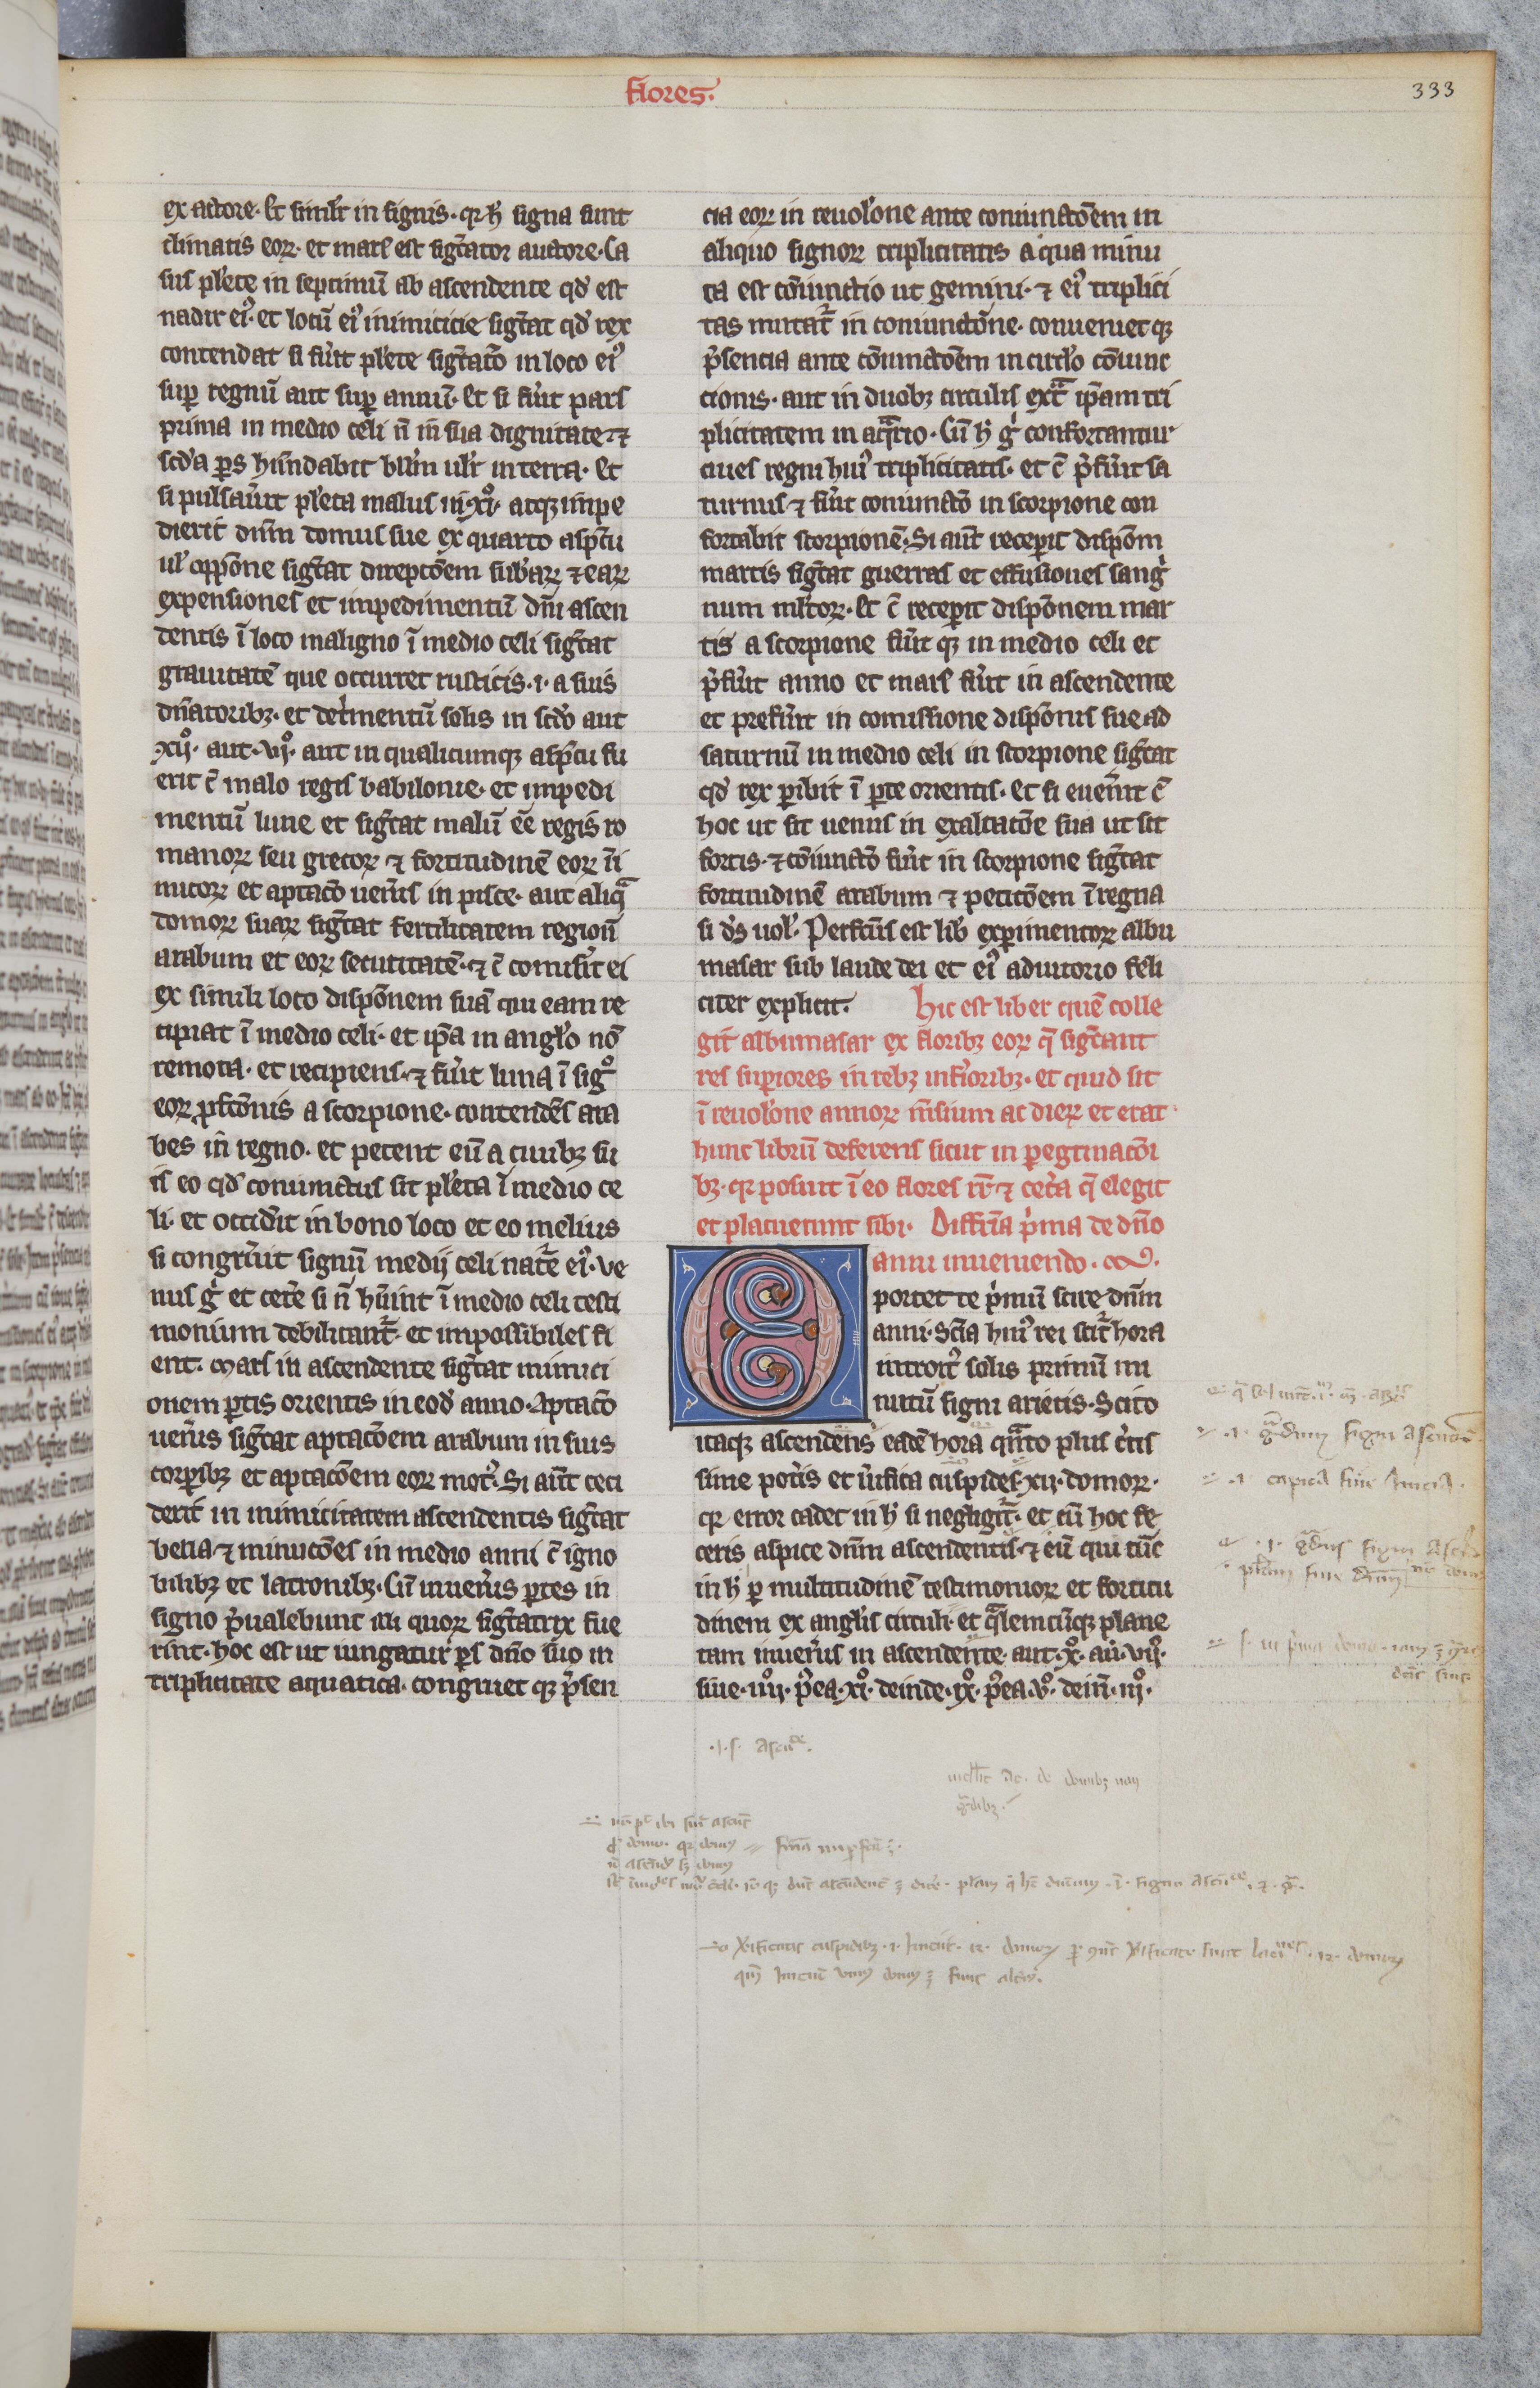
Shelfmark: Paris, BnF, lat. 16204
Century: 13